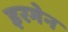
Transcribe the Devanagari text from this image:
इरगेन